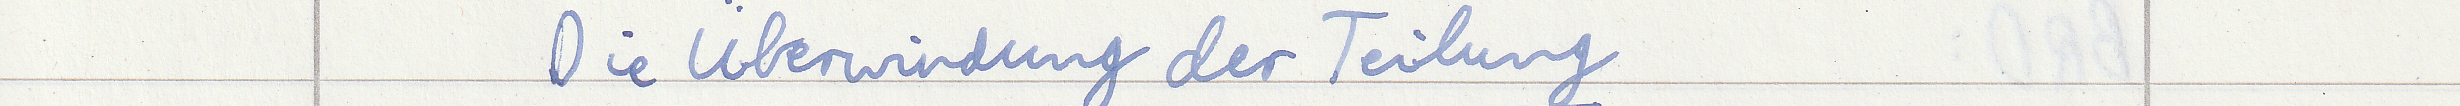
Die Überwindung der Teilung